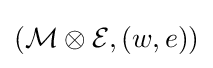
({\mathcal {M}}\otimes {\mathcal {E}},(w,e))